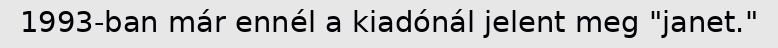
1993-ban már ennél a kiadónál jelent meg "janet."